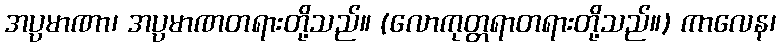
အပ္ပမာဏာ၊ အပ္ပမာဏတရားတို့သည်။ (လောကုတ္တရာတရားတို့သည်။) ကာလေန၊